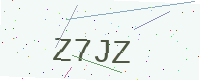
Text: Z7JZ